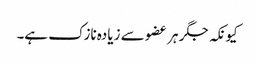
کیونکہ جگر ہر عضو سے زیادہ نازک ہے۔